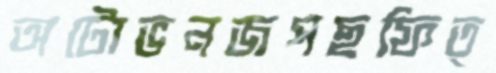
অটোভনজপছফিত্